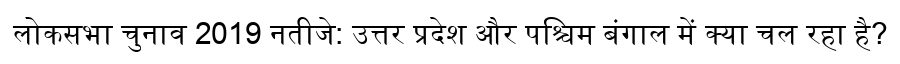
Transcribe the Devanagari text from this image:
लोकसभा चुनाव 2019 नतीजे: उत्तर प्रदेश और पश्चिम बंगाल में क्या चल रहा है?